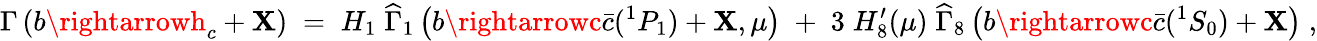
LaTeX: {\Gamma\left(b\rightarrowh_{c}+\mathbf{X}\right)\; =\; H_{1}\; {\widehat{\Gamma}}_{1}\left(b\rightarrowc{\bar{{c}}}(^{1}P_{1})+\mathbf{X},\mu\right)\; +\; 3\; H_{8}^{\prime}(\mu)\; {\widehat{\Gamma}}_{8}\left(b\rightarrowc{\bar{{c}}}(^{1}S_{0})+\mathbf{X}\right)\; ,}